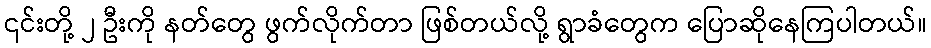
၎င်းတို့ ၂ ဦးကို နတ်တွေ ဖွက်လိုက်တာ ဖြစ်တယ်လို့ ရွာခံတွေက ပြောဆိုနေကြပါတယ်။